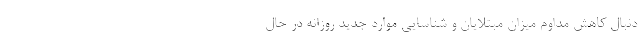
دنبال کاهش مداوم میزان مبتلایان و شناسایی موارد جدید روزانه در حال